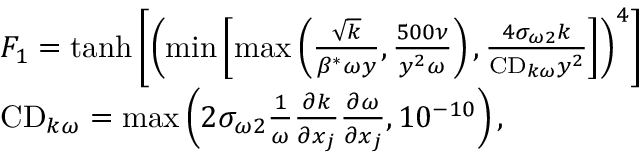
\begin{array} { r l } & { F _ { 1 } = \operatorname { t a n h } \left[ \left( \operatorname* { m i n } \left[ \operatorname* { m a x } \left( \frac { \sqrt { k } } { \beta ^ { * } \omega y } , \frac { 5 0 0 \nu } { y ^ { 2 } \omega } \right) , \frac { 4 \sigma _ { \omega 2 } k } { \mathrm { C D } _ { k \omega } y ^ { 2 } } \right] \right) ^ { 4 } \right] } \\ & { \mathrm { C D } _ { k \omega } = \operatorname* { m a x } \left( 2 \sigma _ { \omega 2 } \frac { 1 } { \omega } \frac { \partial k } { \partial x _ { j } } \frac { \partial \omega } { \partial x _ { j } } , 1 0 ^ { - 1 0 } \right) \mathrm { , } } \end{array}